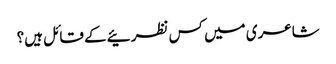
شاعری میں کس نظرئیے کے قائل ہیں؟